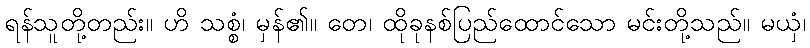
ရန်သူတို့တည်း။ ဟိ သစ္စံ၊ မှန်၏။ တေ၊ ထိုခုနစ်ပြည်ထောင်သော မင်းတို့သည်။ မယှံ၊